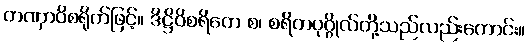
တဏှာဝိစရိုက်ဖြင့်။ ဒိဋ္ဌိဝိစရိတေ စ၊ စရိတပုဂ္ဂိုလ်တို့သည်လည်းကောင်း။